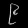
Digit: ၉